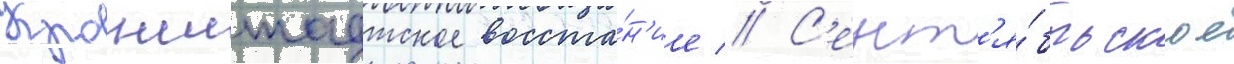
Кронштадтское восста́н'ие // С'ент'я́брьское